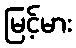
မြင့်မား